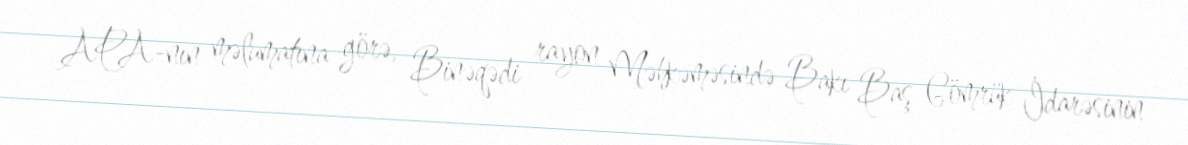
APA-nın məlumatına görə, Binəqədi rayon Məhkəməsində Bakı Baş Gömrük İdarəsinin